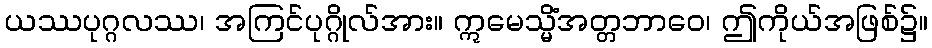
ယဿပုဂ္ဂလဿ၊ အကြင်ပုဂ္ဂိုလ်အား။ ဣမေသ္မိံအတ္တဘာဝေ၊ ဤကိုယ်အဖြစ်၌။